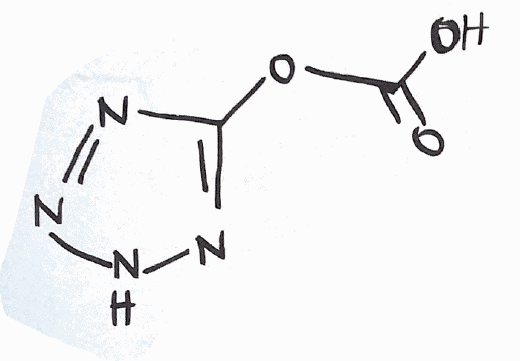
Simplified molecular-input line-entry system (SMILES) notation of the given molecule:
C1(=NNN=N1)OC(=O)O